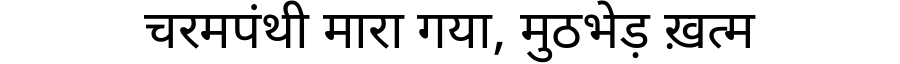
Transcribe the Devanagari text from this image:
चरमपंथी मारा गया, मुठभेड़ ख़त्म